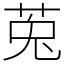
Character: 莵